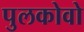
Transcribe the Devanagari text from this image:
पुलकोवो